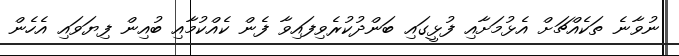
ނުވާނެ ތަކެއްޗަށް އެޅުމަށާއި ފުޅީގައި ބަންދުކުރެވިފައިވާ ފެން ކެއްކުމާއި ބުއިން ފިޔަވައި އެހެން